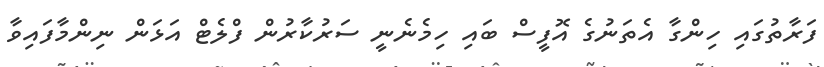
ފަރާތުގައި ހިންގާ އެތަނުގެ އޮފީސް ބައި ހިމެނެނީ ސަރުކާރުން ފްލެޓް އަޅަން ނިންމާފައިވާ